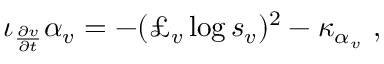
\iota _ { \frac { \partial v } { \partial t } } \alpha _ { v } = - ( \pounds _ { v } \log s _ { v } ) ^ { 2 } - \kappa _ { \alpha _ { v } } \ ,